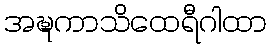
အဍ္ဎကာသိထေရီဂါထာ